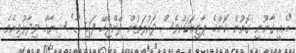
"އެއީ ގާނޫނީ ގޮތުން ކޮންމެ ޕާޓީއަކަށްވެސް ދައުލަތުން ދޭންޖެހޭ ފައިސާ" ޝިޔާމް ވިދާޅުވިއެވެ.